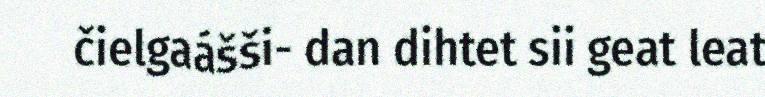
čielgaášši- dan dihtet sii geat leat